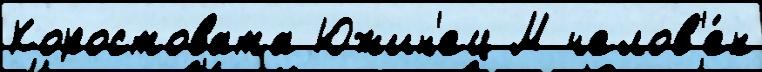
Коростовата Южин'ец М челов'е́к